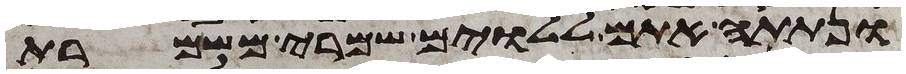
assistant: ונתתה אתם ללוים שמרי משמרת